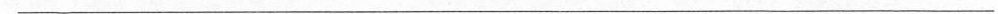
___